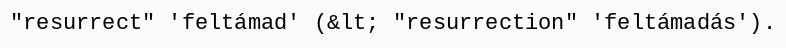
"resurrect" 'feltámad' (&lt; "resurrection" 'feltámadás').